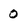
Character: 0